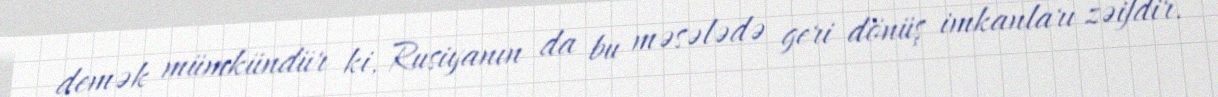
demək mümkündür ki, Rusiyanın da bu məsələdə geri dönüş imkanları zəifdir.